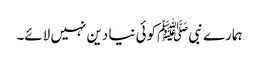
ہمارے نبی ﷺکوئی نیا دین نہیں لائے۔